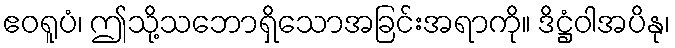
ဧဝရူပံ၊ ဤသို့သဘောရှိသောအခြင်းအရာကို။ ဒိဋ္ဌံဝါအပိနု၊